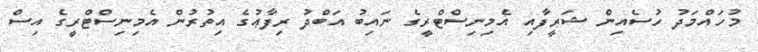
މުހައްމަދު ހުސެއިން ޝަރީފާއި އެމިނިސްޓްރީގެ ނައިބު އަބްދު ރިފާޢުގެ އިތުރުން އެމިނިސްޓްރީގެ އިސް